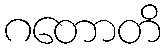
ဂတောတိ